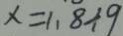
x = 1 . 8 \div 9